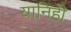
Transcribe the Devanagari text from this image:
यानिही